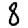
Digit: 8